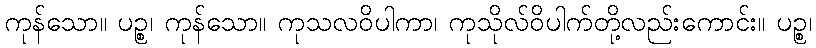
ကုန်သော။ ပဉ္စ၊ ကုန်သော။ ကုသလဝိပါကာ၊ ကုသိုလ်ဝိပါက်တို့လည်းကောင်း။ ပဉ္စ၊